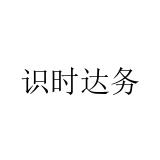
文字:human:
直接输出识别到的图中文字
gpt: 识时达务